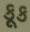
કૂક